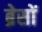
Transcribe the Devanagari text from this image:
ब्रेसों